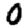
Digit: 0